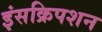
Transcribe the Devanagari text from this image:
इंसक्रिपशन